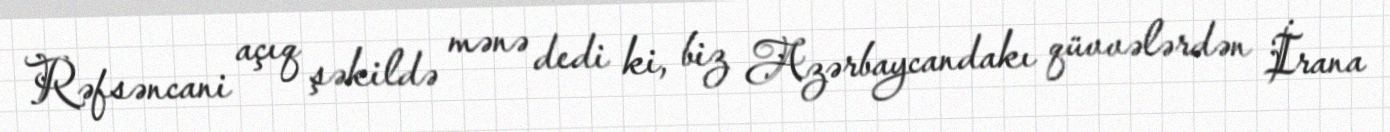
Rəfsəncani açıq şəkildə mənə dedi ki, biz Azərbaycandakı qüvvələrdən İrana